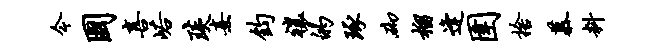
今国喜峪琰熹钧禳的琢砌榴逢圉舍慕料